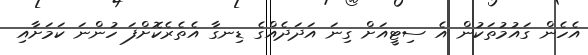
އެހެން ގައުމުތަކުން އެ ސިޓީއަށް ގިނަ އަދަދެއްގެ ޑިނގާ އެތެރެކޮށްފަ ހުންނަ ކަމަށާއި